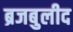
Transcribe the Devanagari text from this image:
ब्रजबुलीद